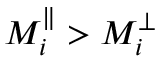
M _ { i } ^ { \parallel } > M _ { i } ^ { \perp }